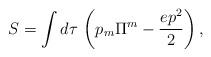
LaTeX: \begin{align*}S=\int d\tau\, \left(p_m\Pi^m-\frac{ep^2}{2}\right),\end{align*}